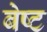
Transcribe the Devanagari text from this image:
बेष्ट